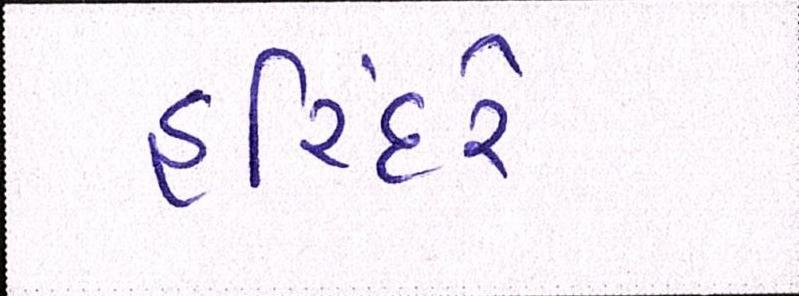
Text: હરિંદરે